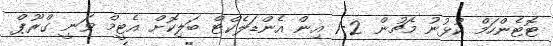
ޓޮޓެންހަމް ކުޅުނު މެޗުން 2-1 އިން އެންޑަލެކްޓް ބަލިކޮށް އެޓީމް ވަނީ ގްރޫޕް